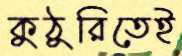
কুঠুরিতেই